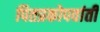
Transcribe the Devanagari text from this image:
पितप्रकोपवांती